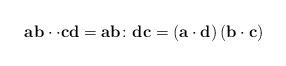
LaTeX: \begin{align*}\mathbf{a}\mathbf{b}\cdot\cdot\mathbf{c}\mathbf{d}=\mathbf{a}\mathbf{b}\colon\mathbf{d}\mathbf{c}=\left(\mathbf{a}\cdot\mathbf{d}\right)\left(\mathbf{b}\cdot\mathbf{c}\right)\end{align*}